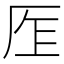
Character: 𠩎